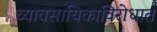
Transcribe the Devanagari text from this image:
व्यावसायिकाविरोधात